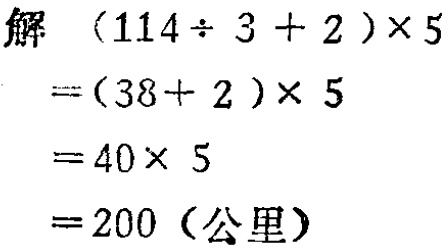
解
\[
\begin{align*}
&(114\div3 + 2)\times5\\
=&(38 + 2)\times5\\
=&40\times5\\
=&200 \text{（公里）}
\end{align*}
\]